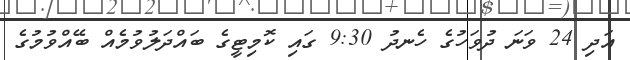
އަދި 24 ވަނަ ދުވަހުގެ ހެނދު 9:30 ގައި ކޮމިޓީގެ ބައްދަލުވުމެއް ބޭއްވުމުގެ